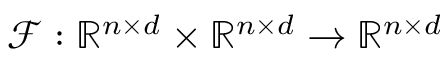
\mathcal { F } : \mathbb { R } ^ { n \times d } \times \mathbb { R } ^ { n \times d } \rightarrow \mathbb { R } ^ { n \times d }